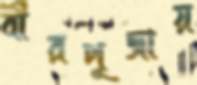
বীরপূজায়